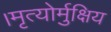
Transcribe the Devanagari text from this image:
।मृत्योर्मुक्षिय